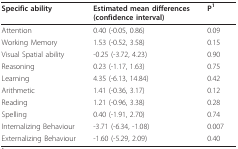
<table><thead><tr><td><b>Specific ability</b></td><td><b>Estimated mean differences(confidence interval)</b></td><td><b>P<sup>1</sup></b></td></tr></thead><tbody><tr><td>Attention</td><td>0.40 (-0.05, 0.86)</td><td>0.09</td></tr><tr><td>Working Memory</td><td>1.53 (-0.52, 3.58)</td><td>0.15</td></tr><tr><td>Visual Spatial ability</td><td>-0.25 (-3.72, 4.23)</td><td>0.90</td></tr><tr><td>Reasoning</td><td>0.23 (-1.17, 1.63)</td><td>0.75</td></tr><tr><td>Learning</td><td>4.35 (-6.13, 14.84)</td><td>0.42</td></tr><tr><td>Arithmetic</td><td>1.41 (-0.36, 3.17)</td><td>0.12</td></tr><tr><td>Reading</td><td>1.21 (-0.96, 3.38)</td><td>0.28</td></tr><tr><td>Spelling</td><td>0.40 (-1.91, 2.70)</td><td>0.74</td></tr><tr><td>Internalizing Behaviour</td><td>-3.71 (-6.34, -1.08)</td><td>0.007</td></tr><tr><td>Externalizing Behaviour</td><td>-1.60 (-5.29, 2.09)</td><td>0.40</td></tr></tbody></table>